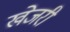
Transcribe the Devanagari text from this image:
खेजरी